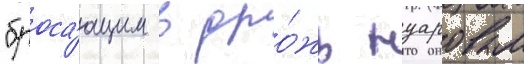
"броса́ющим в дро́жь нуаровым